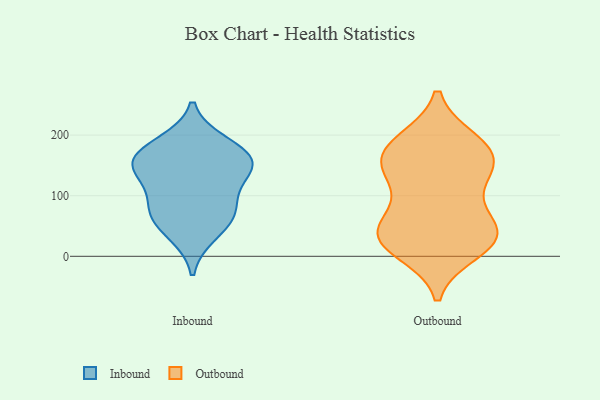
{"axis": {"x": "Churn Rate (%)", "y": "Value"}, "legend": ["Inbound", "Outbound"], "data": [{"x": "", "y": 87, "type": "Inbound"}, {"x": "", "y": 186, "type": "Inbound"}, {"x": "", "y": 154, "type": "Inbound"}, {"x": "", "y": 70, "type": "Inbound"}, {"x": "", "y": 136, "type": "Inbound"}, {"x": "", "y": 163, "type": "Inbound"}, {"x": "", "y": 168, "type": "Inbound"}, {"x": "", "y": 137, "type": "Inbound"}, {"x": "", "y": 69, "type": "Inbound"}, {"x": "", "y": 37, "type": "Inbound"}, {"x": "", "y": 49, "type": "Outbound"}, {"x": "", "y": 148, "type": "Outbound"}, {"x": "", "y": 37, "type": "Outbound"}, {"x": "", "y": 31, "type": "Outbound"}, {"x": "", "y": 32, "type": "Outbound"}, {"x": "", "y": 151, "type": "Outbound"}, {"x": "", "y": 10, "type": "Outbound"}, {"x": "", "y": 165, "type": "Outbound"}, {"x": "", "y": 26, "type": "Outbound"}, {"x": "", "y": 45, "type": "Outbound"}, {"x": "", "y": 172, "type": "Outbound"}, {"x": "", "y": 189, "type": "Outbound"}, {"x": "", "y": 187, "type": "Outbound"}, {"x": "", "y": 129, "type": "Outbound"}, {"x": "", "y": 102, "type": "Outbound"}]}